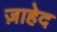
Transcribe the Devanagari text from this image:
ज़ाहेद